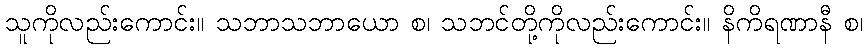
သူကိုလည်းကောင်း။ သဘာသဘာယော စ၊ သဘင်တို့ကိုလည်းကောင်း။ နိကိရဏာနီ စ၊